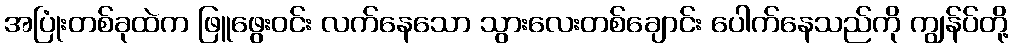
အပြုံးတစ်ခုထဲက ဖြူဖွေးဝင်း လက်နေသော သွားလေးတစ်ချောင်း ပေါက်နေသည်ကို ကျွန်ပ်တို့